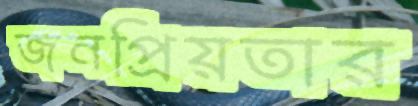
জনপ্রিয়তার